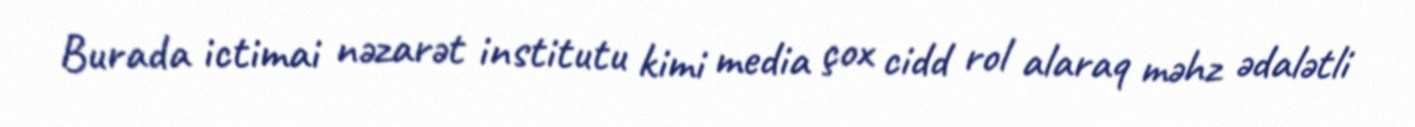
Burada ictimai nəzarət institutu kimi media çox cidd rol alaraq məhz ədalətli